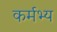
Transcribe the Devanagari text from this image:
कर्मभ्य